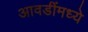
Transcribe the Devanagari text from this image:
आवडींमध्ये